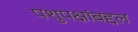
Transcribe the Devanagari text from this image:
पशुपक्षांबद्दल